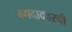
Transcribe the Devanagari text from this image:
बगदादवरची